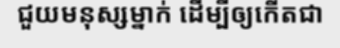
ជួយមនុស្សម្នាក់ ដើម្បីឲ្យកើតជា